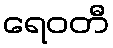
ရေဝတီ